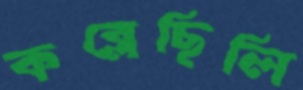
কব্‌লেছিলি